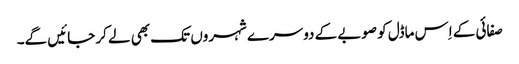
صفائی کے اِس ماڈل کو صوبے کے دوسرے شہروں تک بھی لے کر جائیں گے۔